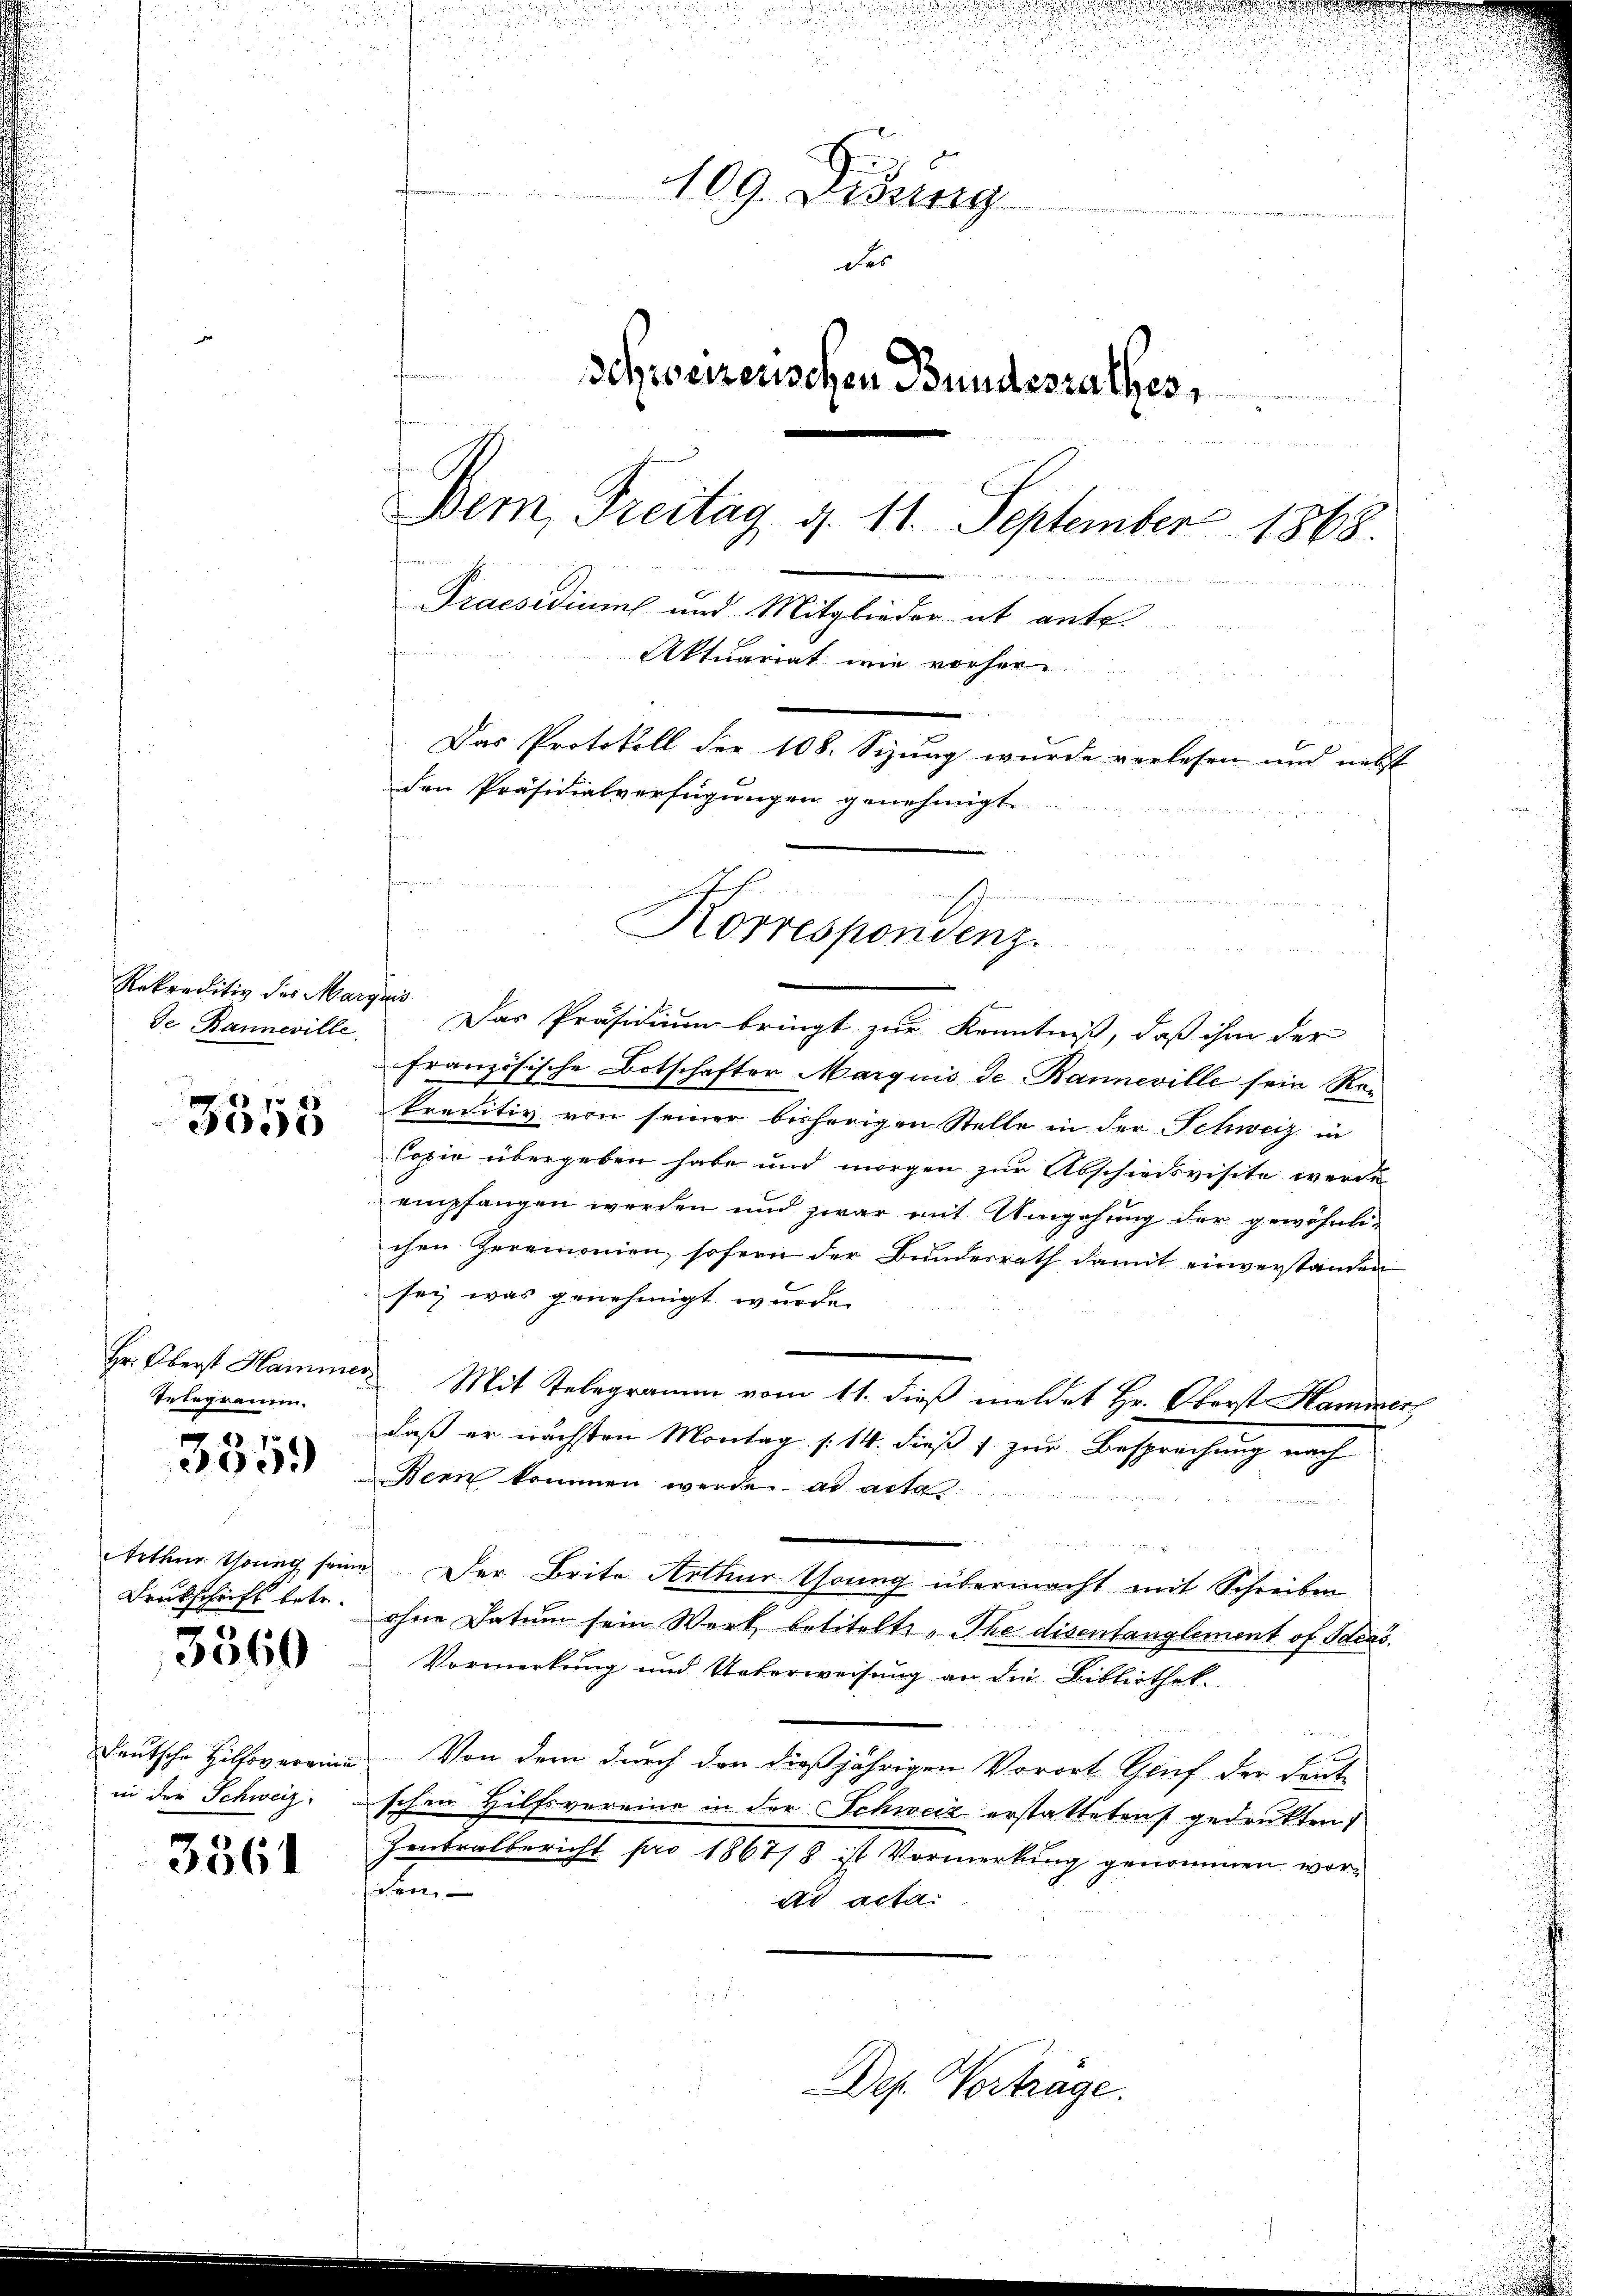
Rekreditiv des Marquis
de Banneville.

1 x
e

Telegramm.

2
305.

Drukschrift betr.

3560

Deutsche Hilfsvereine

3361

109. Didung
venedien
des
Schweizerischen Bundesrathes,
Bern, Freitag d. 11. September 1868.

Praesidiums und Mitglieder ab ante.
s
Aktuariat wie vorher
un
Das Protokoll der 108. Sizung wurde verlesen und nebst
den Präsidialverfügungen genehmigt.

Das Präsidium bringt zur Kenntniß, daß ihm der
französische Botschafter Marquis de Banneville sein Rekreditiv von seiner bisherigen Stelle in der Schweiz in
Copie übergeben habe und morgen zur Abschiedsvisite werde
empfangen werden und zwar mit Umgehung der gewöhnli-
chen Heremonien, sofern der Bundesrath damit einverstanden
sey, was genehmigt wurde.
Hr. Oberst Hammer Mit Telegramm vom 11. dieß meldet Hr. Oberst Hammerdaß er nächsten Montag /: 14. dieß f zur Besprechung nach
Bern kommen werde ad acta

Arthur thung seine Der Brite Arthur Tonng übermacht mit Schreiben
ohne Datum sein Werk betitelte The disentanglement of Ideas.
Vormerkung und Unterweisung an die Bibliothek.
Von dem durch den dießjährigen Vorort Genf der Deut
in der Schweiz. schen Hilfsvereine in der Schweiz erstatteten gedrukten
Zentralbericht pro 1867/8 ist Vormerkung genommen worchen
ds acta.

n Escheinung
Korrespondenz.

Dep. Vorträge.